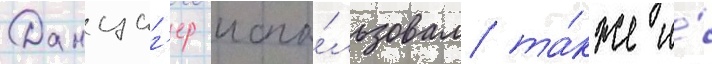
Данциг'ер испо́льзовал та́кже и́